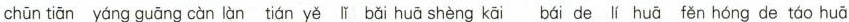
chūn tiān yáng guāng càn làn tián yě lǐ bǎi huā shèng kāi bái de lí huā fěn hóng de táo huā